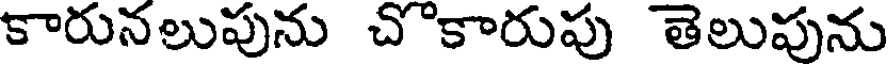
కారునలుపును చొకారుపు తెలుపును